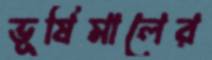
ভূষিমালের